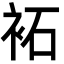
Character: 袥